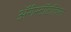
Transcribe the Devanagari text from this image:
ॲरीस्टॉटलियन